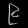
Digit: ၉